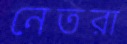
নেতরা